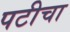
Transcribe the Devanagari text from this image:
पटीचा